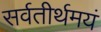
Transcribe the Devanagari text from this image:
सर्वतीर्थमयं